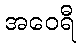
အဝေရီ